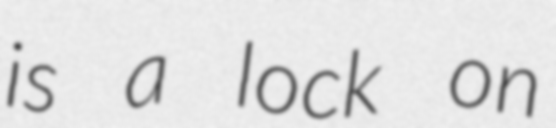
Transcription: is a lock on